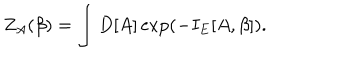
Z _ { A } ( \beta ) = \int D [ A ] \exp \left( - I _ { E } [ A , \beta ] \right) .